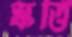
স্কত্তি